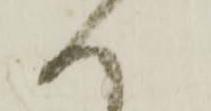
へ